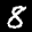
Digit: 8